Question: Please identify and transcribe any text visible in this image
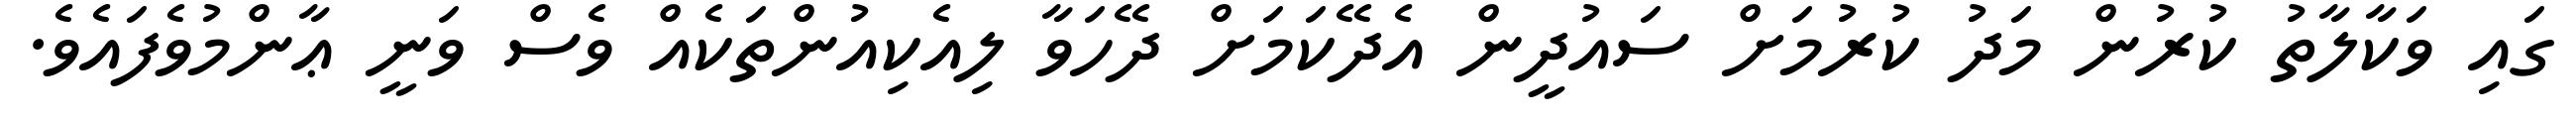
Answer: ގައި ވަކާލާތު ކުރުން މަދު ކުރުމަށް ސައުދީން އެދޭކަމަށް ދޭހަވާ ލިއެކިއުންތަކެއް ވެސް ވަނީ ޢާންމުވެފައެވެ.